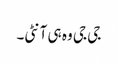
جی جی وہ ہی آنٹی۔